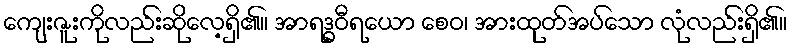
ကျေးဇူးကိုလည်းဆိုလေ့ရှိ၏။ အာရဒ္ဓဝီရယော စေဝ၊ အားထုတ်အပ်သော လုံလည်းရှိ၏။